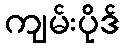
ကျမ်းပိုဒ်